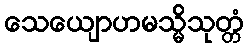
သေယျောဟမသ္မိသုတ္တံ